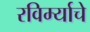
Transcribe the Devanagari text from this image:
रविर्म्याचे